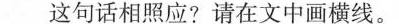
这句话相照应?请在文中画横线。